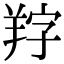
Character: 𦍺